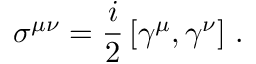
\sigma ^ { \mu \nu } = \frac { i } { 2 } \left[ \gamma ^ { \mu } , \gamma ^ { \nu } \right] \, .